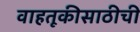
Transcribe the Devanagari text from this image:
वाहतूकीसाठीची